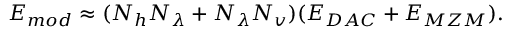
E _ { m o d } \approx ( N _ { h } N _ { \lambda } + N _ { \lambda } N _ { v } ) ( E _ { D A C } + E _ { M Z M } ) .